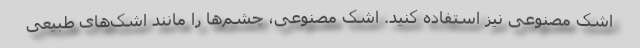
اشک مصنوعی نیز استفاده کنید. اشک مصنوعی، چشم‌ها را مانند اشک‌های طبیعی